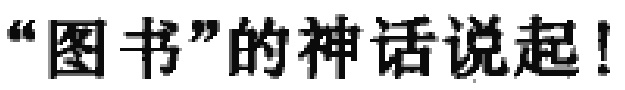
“图书”的神话说起！